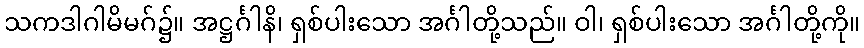
သကဒါဂါမိမဂ်၌။ အဋ္ဌင်္ဂါနိ၊ ရှစ်ပါးသော အင်္ဂါတို့သည်။ ဝါ၊ ရှစ်ပါးသော အင်္ဂါတို့ကို။